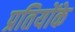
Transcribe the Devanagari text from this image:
प्रतियोंके